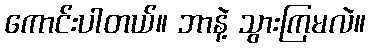
ကောင်းပါတယ်။ ဘာနဲ့ သွားကြမလဲ။